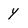
Character: y